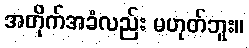
အတိုက်အခံလည်း မဟုတ်ဘူး။